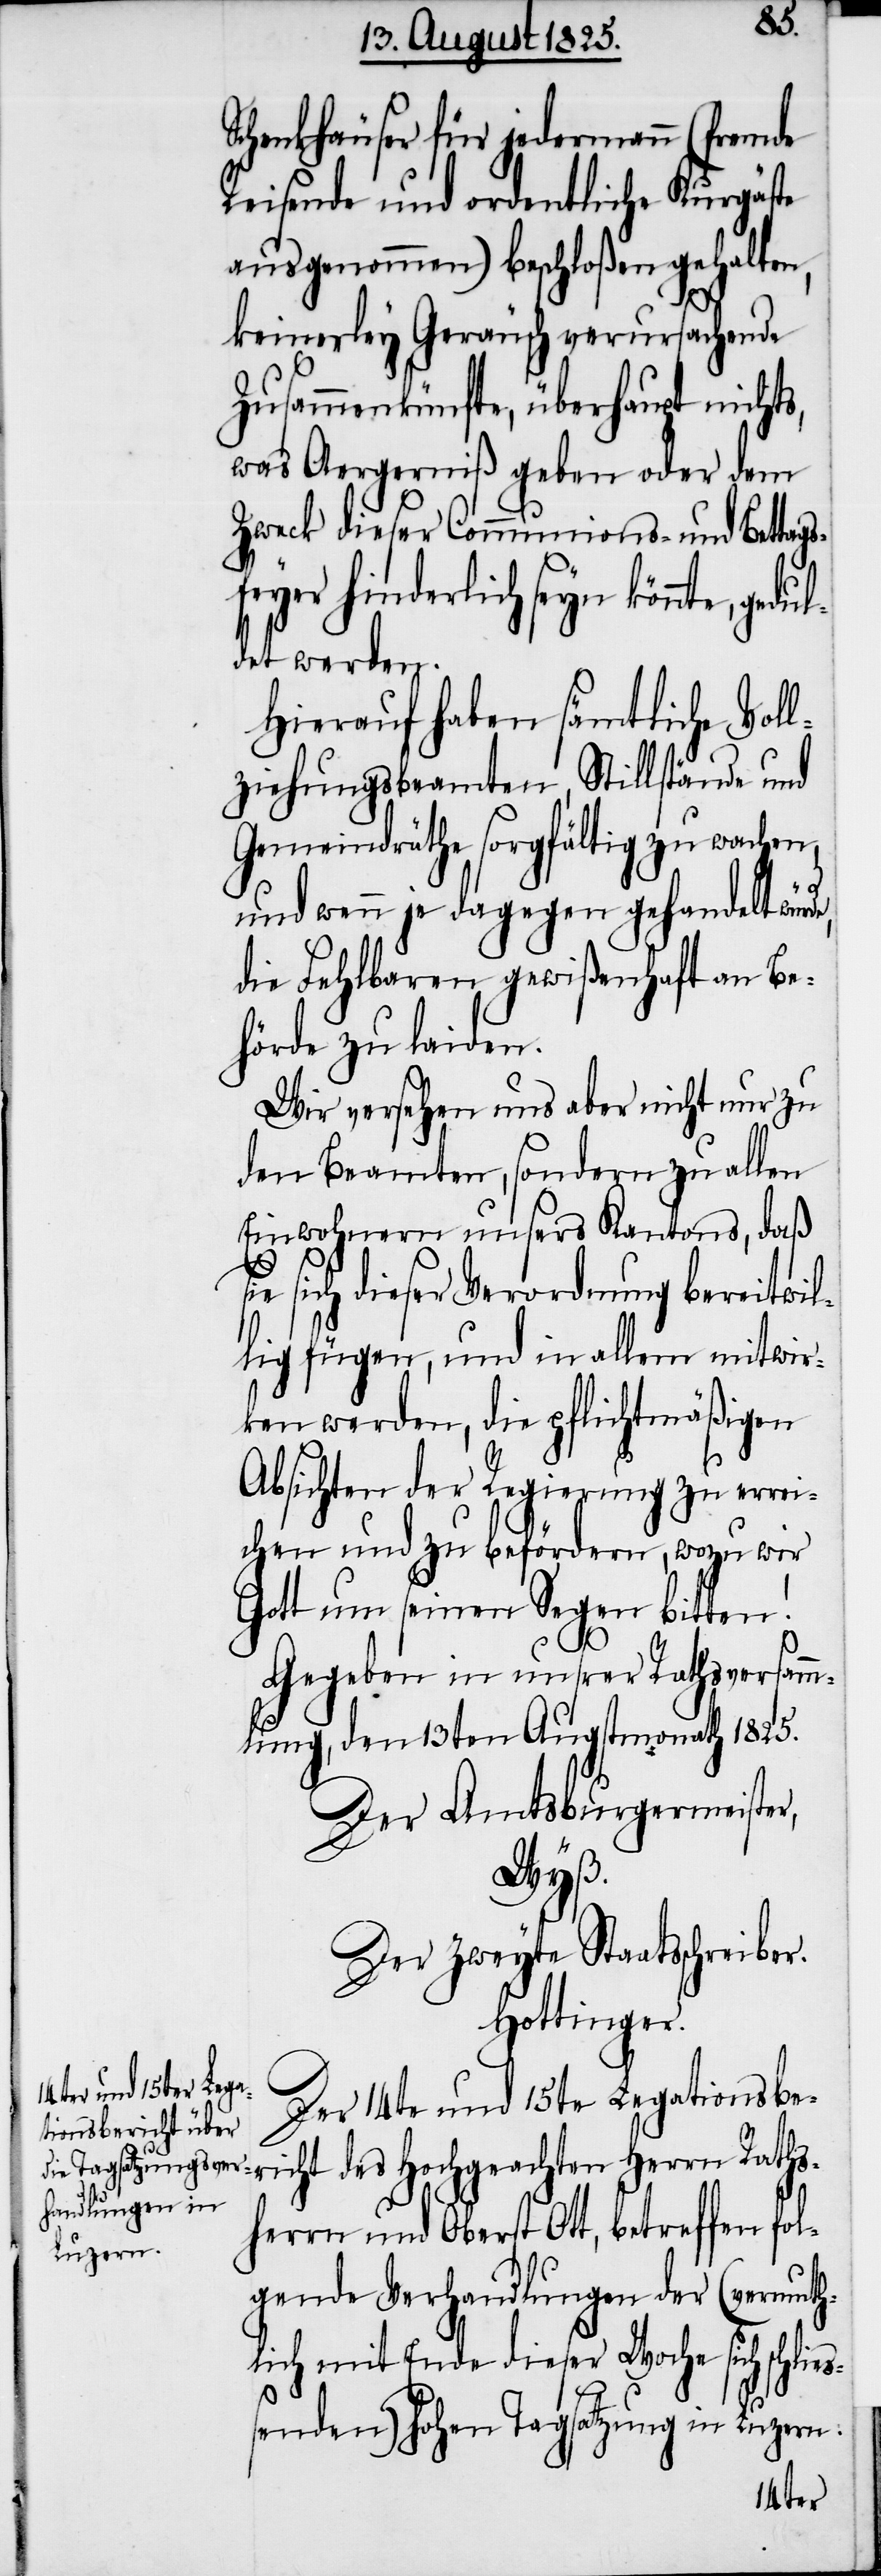
es¬
Schenkhäuser für jedermann (fremde
Reisende und ordentliche Kurgäste
ausgenommen) beschloßen gehalten,
keinerley Geräusch verursachende
Zusammenkünfte, überhaupt nichts,
was Aergerniß geben oder dem
Zweck dieser Communions- und Bettag¬
des Hochgeachten Herrn Raths¬
det werden.
Hierauf haben sämtliche Voll¬
ziehungsbeamten, Stillstände und
Gemeindräthe sorgfältig zu wachen,
und wenn je dagegen gehandelt würd¬
die Fehlbaren gewißenhaft an Be¬
hörde zu laiden.
Wir versehen uns aber nicht nur zu
den Beamten, sondern zu allen
Einwohnern unsers Kantons, daß
e sich dieser Verordnung bereitwil¬
lig fügen, und in allem mitwir¬
ken werden, die pflichtmäßigen
Absichten der Regierung zu errei¬
chen und zu befördern, wozu wir
Gott um seinen Segen bitten!
Gegeben in unsrer Rathsversam¬
mlung, den 13ten Augstmonath 1825.
Der Amtsburgermeister,
Wyß.
Der zweyte Staatsschreiber.
Hottinger.
Der 14te und 15te Legationsbe¬
herrn und Oberst Ott, betreffen fo¬
lgende Verhandlungen der (vermuth¬
lich mit Ende dieser Woche sich schli¬
senden) hohen Tagsatzung in Luzern: